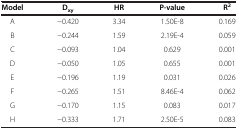
<table><thead><tr><td><b>Model</b></td><td><b>D<sub>xy</sub></b></td><td><b>HR</b></td><td><b>P-value</b></td><td><b>R<sup>2</sup></b></td></tr></thead><tbody><tr><td>A</td><td>−0.420</td><td>3.34</td><td>1.50E-8</td><td>0.169</td></tr><tr><td>B</td><td>−0.244</td><td>1.59</td><td>2.19E-4</td><td>0.059</td></tr><tr><td>C</td><td>−0.093</td><td>1.04</td><td>0.629</td><td>0.001</td></tr><tr><td>D</td><td>−0.050</td><td>1.05</td><td>0.655</td><td>0.001</td></tr><tr><td>E</td><td>−0.196</td><td>1.19</td><td>0.031</td><td>0.026</td></tr><tr><td>F</td><td>−0.265</td><td>1.51</td><td>8.46E-4</td><td>0.062</td></tr><tr><td>G</td><td>−0.170</td><td>1.15</td><td>0.083</td><td>0.017</td></tr><tr><td>H</td><td>−0.333</td><td>1.71</td><td>2.50E-5</td><td>0.083</td></tr></tbody></table>